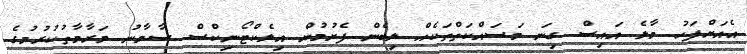
އެއަށްފަހު މާލެ އައިސް ގިނަ މަސައްކަތްތަކެއް ލިބެން ފެށުމުން އިލެކްޓޯނިކްސް ސާމާނު މަރާމާތުކުރުމުގެ